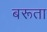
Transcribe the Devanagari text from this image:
बरूता